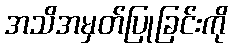
အသိအမှတ်ပြုခြင်းကို